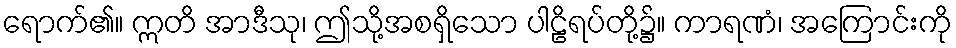
ရောက်၏။ ဣတိ အာဒီသု၊ ဤသို့အစရှိသော ပါဠိရပ်တို့၌။ ကာရဏံ၊ အကြောင်းကို